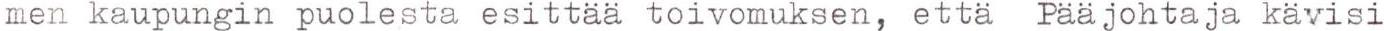
men kaupungin puolesta esittää toivomuksen, että Pääjohtaja kävisi